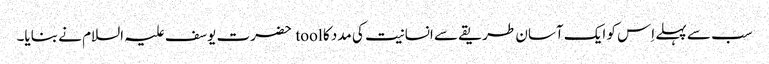
سب سے پہلے اِس کو ایک آسان طریقے سے انسانیت کی مدد کا tool حضرت یوسف علیہ السلام نے بنایا۔